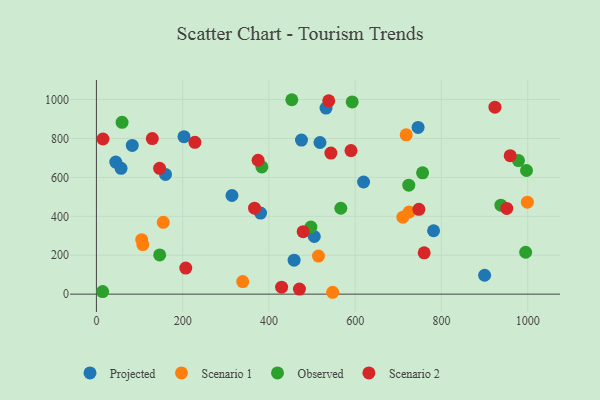
{"axis": {"x": "Price", "y": "Profit"}, "legend": ["Observed", "Projected", "Scenario 1", "Scenario 2"], "data": [{"x": "57.1", "y": 646.6, "type": "Projected"}, {"x": "314.3", "y": 507.1, "type": "Projected"}, {"x": "781.8", "y": 325.9, "type": "Projected"}, {"x": "532.4", "y": 956.6, "type": "Projected"}, {"x": "505.2", "y": 296.2, "type": "Projected"}, {"x": "745.9", "y": 856.9, "type": "Projected"}, {"x": "619.5", "y": 576.3, "type": "Projected"}, {"x": "83.1", "y": 764.6, "type": "Projected"}, {"x": "458.4", "y": 174.7, "type": "Projected"}, {"x": "380.6", "y": 416.8, "type": "Projected"}, {"x": "160.2", "y": 615.5, "type": "Projected"}, {"x": "518.4", "y": 779.5, "type": "Projected"}, {"x": "44.9", "y": 678.8, "type": "Projected"}, {"x": "475.5", "y": 792.0, "type": "Projected"}, {"x": "203.1", "y": 809.6, "type": "Projected"}, {"x": "900.1", "y": 97.2, "type": "Projected"}, {"x": "999.3", "y": 472.9, "type": "Scenario 1"}, {"x": "718.3", "y": 818.7, "type": "Scenario 1"}, {"x": "710.6", "y": 395.5, "type": "Scenario 1"}, {"x": "155.0", "y": 369.3, "type": "Scenario 1"}, {"x": "547.8", "y": 9.6, "type": "Scenario 1"}, {"x": "724.9", "y": 422.0, "type": "Scenario 1"}, {"x": "514.9", "y": 195.8, "type": "Scenario 1"}, {"x": "107.7", "y": 254.7, "type": "Scenario 1"}, {"x": "339.2", "y": 64.5, "type": "Scenario 1"}, {"x": "105.0", "y": 280.1, "type": "Scenario 1"}, {"x": "383.6", "y": 654.0, "type": "Observed"}, {"x": "453.1", "y": 999.3, "type": "Observed"}, {"x": "997.3", "y": 635.6, "type": "Observed"}, {"x": "937.9", "y": 457.2, "type": "Observed"}, {"x": "756.3", "y": 623.8, "type": "Observed"}, {"x": "497.3", "y": 344.8, "type": "Observed"}, {"x": "566.7", "y": 441.4, "type": "Observed"}, {"x": "59.5", "y": 883.0, "type": "Observed"}, {"x": "14.4", "y": 13.3, "type": "Observed"}, {"x": "995.3", "y": 215.4, "type": "Observed"}, {"x": "978.7", "y": 686.3, "type": "Observed"}, {"x": "593.1", "y": 988.1, "type": "Observed"}, {"x": "724.3", "y": 560.1, "type": "Observed"}, {"x": "146.7", "y": 201.8, "type": "Observed"}, {"x": "590.3", "y": 738.1, "type": "Scenario 2"}, {"x": "538.7", "y": 993.9, "type": "Scenario 2"}, {"x": "129.6", "y": 799.8, "type": "Scenario 2"}, {"x": "146.5", "y": 646.7, "type": "Scenario 2"}, {"x": "429.4", "y": 35.7, "type": "Scenario 2"}, {"x": "747.7", "y": 436.1, "type": "Scenario 2"}, {"x": "959.5", "y": 711.8, "type": "Scenario 2"}, {"x": "543.7", "y": 725.1, "type": "Scenario 2"}, {"x": "760.0", "y": 212.5, "type": "Scenario 2"}, {"x": "228.4", "y": 780.3, "type": "Scenario 2"}, {"x": "470.8", "y": 25.9, "type": "Scenario 2"}, {"x": "479.4", "y": 321.2, "type": "Scenario 2"}, {"x": "374.9", "y": 688.2, "type": "Scenario 2"}, {"x": "951.5", "y": 440.6, "type": "Scenario 2"}, {"x": "924.1", "y": 961.1, "type": "Scenario 2"}, {"x": "207.2", "y": 133.8, "type": "Scenario 2"}, {"x": "15.2", "y": 797.4, "type": "Scenario 2"}, {"x": "366.6", "y": 441.7, "type": "Scenario 2"}]}